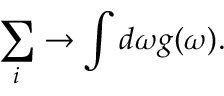
\sum _ { i } \rightarrow \int d \omega g ( \omega ) .